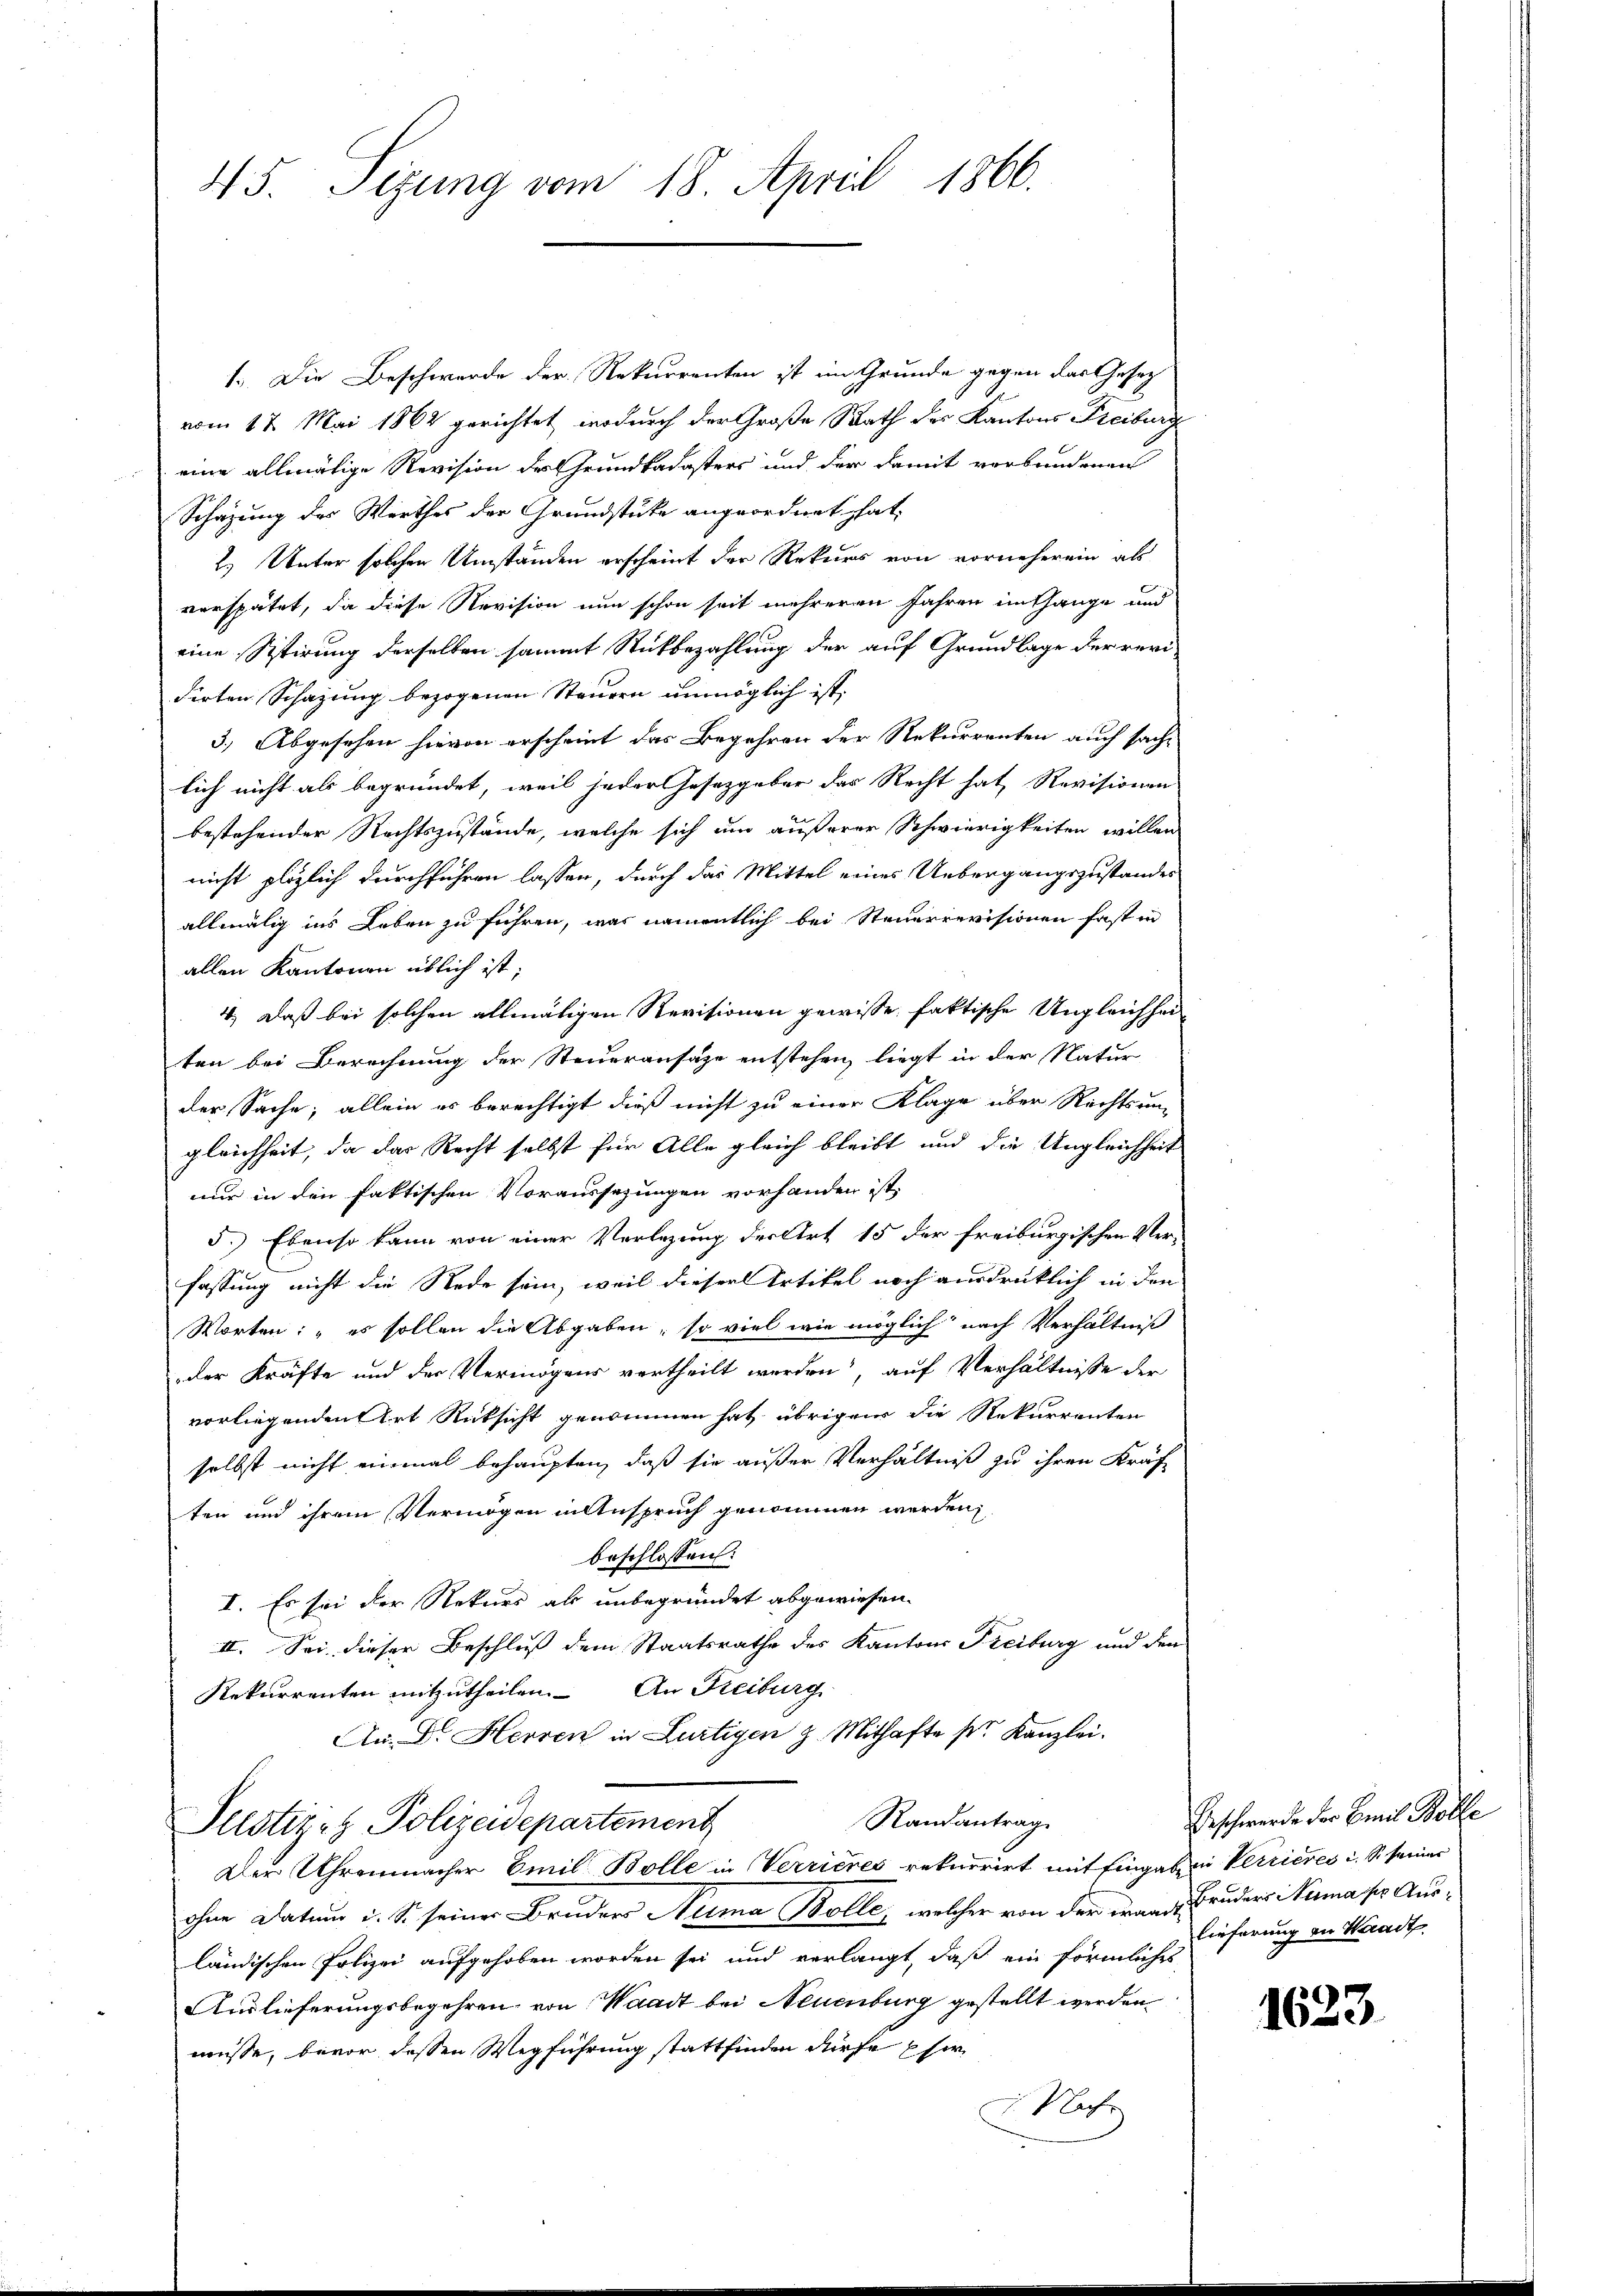
45. Sizung vom 18. April 1866.

1. Die Beschwerde der Rekurrenten ist im Grunde gegen das Gesetz
vom 17. Mai 1862 gerichtet, wodurch der Große Rath des Kantons Freiburg
eine allmälige Revision des Grundkadasters und der damit verbundenen
Schazung des Werthes der Grundstücke angeordnet hat,
2.) Unter solchen Umständen erscheint der Rekurs von vorneherein als
verspätet, da diese Revision nun schon seit mehreren Jahren im Gange und
eine Sistirung derselben sammt Rückbezahlung der auf Grundlage der revi-
dirten Schazung bezogenen Steuern unmöglich ist.
3.) Abgesehen hievon erscheint das Begehren der Rekurrenten auch sache
lich nicht als begründet, weil jeder Gesetzgeber das Recht hat, Revisionen
bestehender Rechtszustände, welche sich um äußerer Schwierigkeiten willer
nicht plözlich durchführen lassen, durch das Mittel eines Uebergangszustandes
allmälig ins Leben zu führen, was namentlich bei Steuerrevisionen fast in
allen Kantonen üblich ist;
4.) Daß bei solchen allmäligen Revisionen gewisse faktische Ungleichhei-
ten bei Berechnung der Steueransätze entstehen, liegt in der Natur
der Sache; allein es berechtigt dieß nicht zu einer Klage über Rechtsun-
gleichheit, da das Recht selbst für Alle gleich bleibt und die Ungleichheit
nur in den faktischen Voraussezungen vorhanden ist.
5.) Ebenso kann von einer Verlegung der Art 15 der freiburgischen Ver-
fassung nicht die Rede sein, weil dieser Artikel noch ausdrücklich in den
Worten: „es sollen die Abgaben, so viel wie möglich nach Verhältniß
der Kräfte und der Vermögens vertheilt werden, auf Verhältnisse der
vorliegenden Art Rücksicht genommen hat, übriger die Rekurrenten
selbst nicht einmal behaupten, daß sie außer Verhältniß zu ihren Kräf-
ten und ihrem Vermögen in Anspruch genommen werden,
beschlossen:
I. Es sei der Rekurs als unbegründet abgewiesen.
II. Sei dieser Beschluß dem Staatsrathe des Kantons Freiburg und den
Rekurrenten mitzutheilen. An Reiburg
An Dr. Herren in Lurtigen 3. Mithafte pr. Kanzlei.
Randantrag
Pelstiz- & Polizeidepartement
Der Uhrenmacher Emil Bolle in Verrieres rekurrirt mit Eingaben Verrieres i. So seiner
ohne Datum u. So seiner Bruders Numa Bolle, welcher von der ward Bruders Numasser Ausländischen Polizei aufgehoben worden sei und verlangt, daß ein förmliches
Auslieferungsbegehren von Waadt bei Neuenburg gestellt werden
müsse, bevor dessen Wegführung stattfinden dürfe her
Nach

Geschwerde der Emil Kolle
lieferung in Waadt

1623